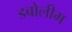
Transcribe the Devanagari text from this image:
डबोलीम